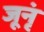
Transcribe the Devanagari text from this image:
जूनृं